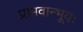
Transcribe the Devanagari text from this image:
प्राप्तवान्भूयः